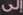
إلى